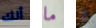
أنك ما لا